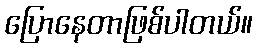
ပြောနေတာဖြစ်ပါတယ်။